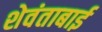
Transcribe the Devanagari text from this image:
शेवंताबाई